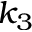
k _ { 3 }